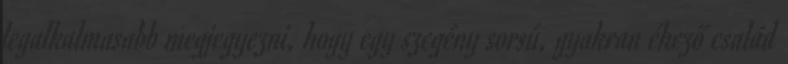
legalkalmasabb megjegyezni, hogy egy szegény sorsú, gyakran éhező család